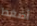
أضغط